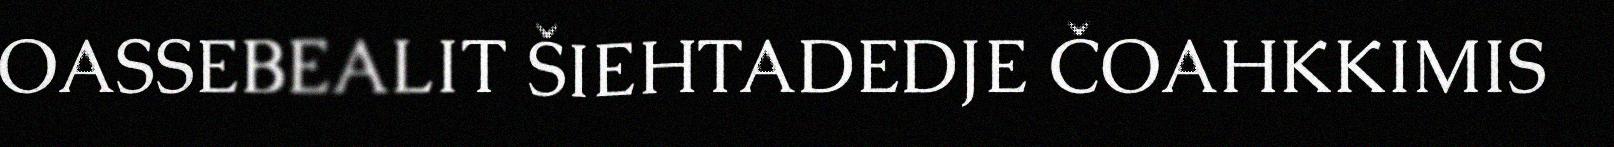
OASSEBEALIT ŠIEHTADEDJE ČOAHKKIMIS